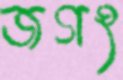
জগৎ